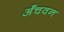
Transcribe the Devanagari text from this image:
अँचवन